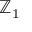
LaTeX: \mathbb { Z } _ { 1 }